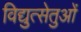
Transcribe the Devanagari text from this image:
विद्युत्सेतुओं